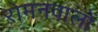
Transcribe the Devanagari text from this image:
रोमनवालों